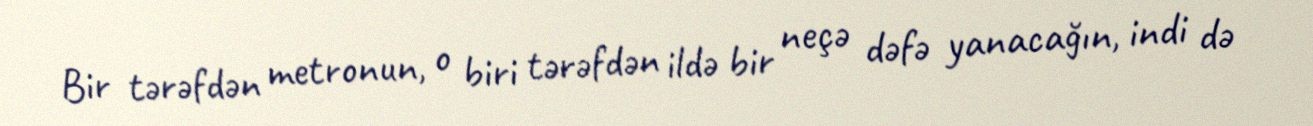
Bir tərəfdən metronun, o biri tərəfdən ildə bir neçə dəfə yanacağın, indi də